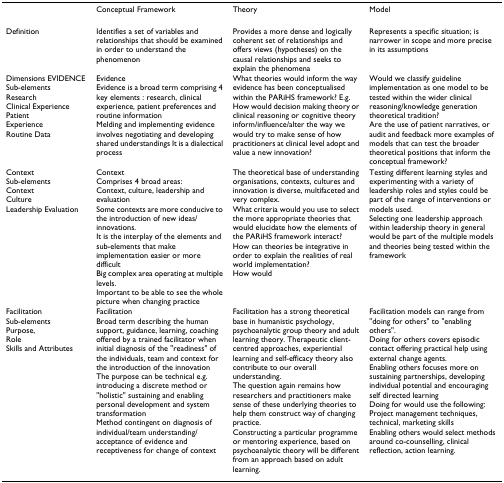
<table><thead><tr><td></td><td><b>Conceptual Framework</b></td><td><b>Theory</b></td><td><b>Model</b></td></tr></thead><tbody><tr><td>Definition</td><td>Identifies a set of variables and relationships that should be examined in order to understand the phenomenon</td><td>Provides a more dense and logically coherent set of relationships and offers views (hypotheses) on the causal relationships and seeks to explain the phenomena</td><td>Represents a specific situation; is narrower in scope and more precise in its assumptions</td></tr><tr><td>Dimensions EVIDENCESub-elementsResearchClinical ExperiencePatientExperienceRoutine Data</td><td>EvidenceEvidence is a broad term comprising 4 key elements : research, clinical experience, patient preferences and routine informationMelding and implementing evidence involves negotiating and developing shared understandings It is a dialectical process</td><td>What theories would inform the way evidence has been conceptualised within the PARiHS framework? E.g. How would decision making theory or clinical reasoning or cognitive theory inform/influence/alter the way we would try to make sense of how practitioners at clinical level adopt and value a new innovation?</td><td>Would we classify guideline implementation as one model to be tested within the wider clinical reasoning/knowledge generation theoretical tradition?Are the use of patient narratives, or audit and feedback more examples of models that can test the broader theoretical positions that inform the conceptual framework?</td></tr><tr><td>ContextSub-elementsContextCultureLeadership Evaluation</td><td>ContextComprises 4 broad areas:Context, culture, leadership and evaluationSome contexts are more conducive to the introduction of new ideas/innovations.It is the interplay of the elements and sub-elements that make implementation easier or more difficultBig complex area operating at multiple levels.Important to be able to see the whole picture when changing practice</td><td>The theoretical base of understanding organisations, contexts, cultures and innovation is diverse, multifaceted and very complex.What criteria would you use to select the more appropriate theories that would elucidate how the elements of the PARiHS framework interact?How can theories be integrative in order to explain the realities of real world implementation?How would</td><td>Testing different learning styles and experimenting with a variety of leadership roles and styles could be part of the range of interventions or models used.Selecting one leadership approach within leadership theory in general would be part of the multiple models and theories being tested within the framework</td></tr><tr><td>FacilitationSub-elementsPurpose,RoleSkills and Attributes</td><td>FacilitationBroad term describing the human support, guidance, learning, coaching offered by a trained facilitator when initial diagnosis of the &quot;readiness&quot; of the individuals, team and context for the introduction of the innovationThe purpose can be technical e.g. introducing a discrete method or &quot;holistic&quot; sustaining and enabling personal development and system transformationMethod contingent on diagnosis of individual/team understanding/acceptance of evidence and receptiveness for change of context</td><td>Facilitation has a strong theoretical base in humanistic psychology, psychoanalytic group theory and adult learning theory. Therapeutic client-centred approaches, experiential learning and self-efficacy theory also contribute to our overall understanding.The question again remains how researchers and practitioners make sense of these underlying theories to help them construct way of changing practice.Constructing a particular programme or mentoring experience, based on psychoanalytic theory will be different from an approach based on adult learning.</td><td>Facilitation models can range from &quot;doing for others&quot; to &quot;enabling others&quot;.Doing for others covers episodic contact offering practical help using external change agents.Enabling others focuses more on sustaining partnerships, developing individual potential and encouraging self directed learningDoing for would use the following:Project management techniques, technical, marketing skillsEnabling others would select methods around co-counselling, clinical reflection, action learning.</td></tr></tbody></table>